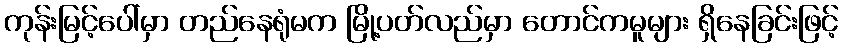
ကုန်းမြင့်ပေါ်မှာ တည်နေရုံမက မြို့ပတ်လည်မှာ တောင်ကမူများ ရှိနေခြင်းဖြင့်